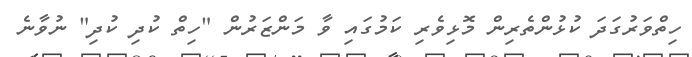
ހިތްވަރުގަދަ ކުޅުންތެރިން މޮޅިވެރި ކަމުގައި ވާ މަންޒަރުން "ހިތް ކުދި ކުދި" ނުވާނެ